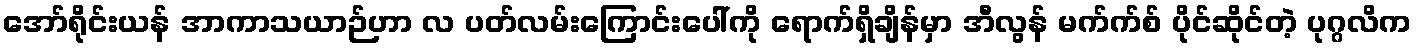
အော်ရိုင်းယန် အာကာသယာဉ်ဟာ လ ပတ်လမ်းကြောင်းပေါ်ကို ရောက်ရှိချိန်မှာ အီလွန် မက်က်စ် ပိုင်ဆိုင်တဲ့ ပုဂ္ဂလိက